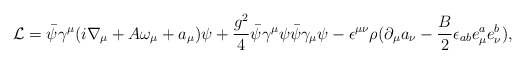
\begin{align*}{\cal L}=\bar\psi\gamma^\mu(i\nabla_\mu + A \omega_{\mu}+a_{\mu})\psi+\frac{g^2}{4}\bar\psi\gamma^\mu\psi\bar\psi\gamma_\mu\psi-\epsilon^{\mu\nu}\rho(\partial_\mu a_\nu-\frac{B}{2}\epsilon_{ab} e^a_\mu e^b_\nu),\end{align*}